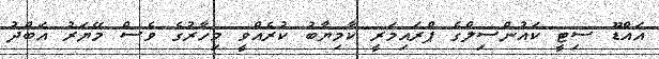
އައްޑޫ ސިޓީ ކައުންސިލްގެ ޕްރައިމަރީ ކާމިޔާބު ކުރެއްވީ މިހާރުގެ ވެސް މޭޔަރު އަބްދު